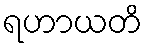
ရဟာယတိ